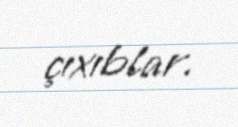
çıxıblar.